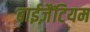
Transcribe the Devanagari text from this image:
बाईज़ैंटियम